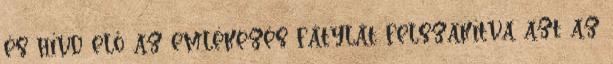
és hívd elő az emlékezés fátylát felszakítva azt az